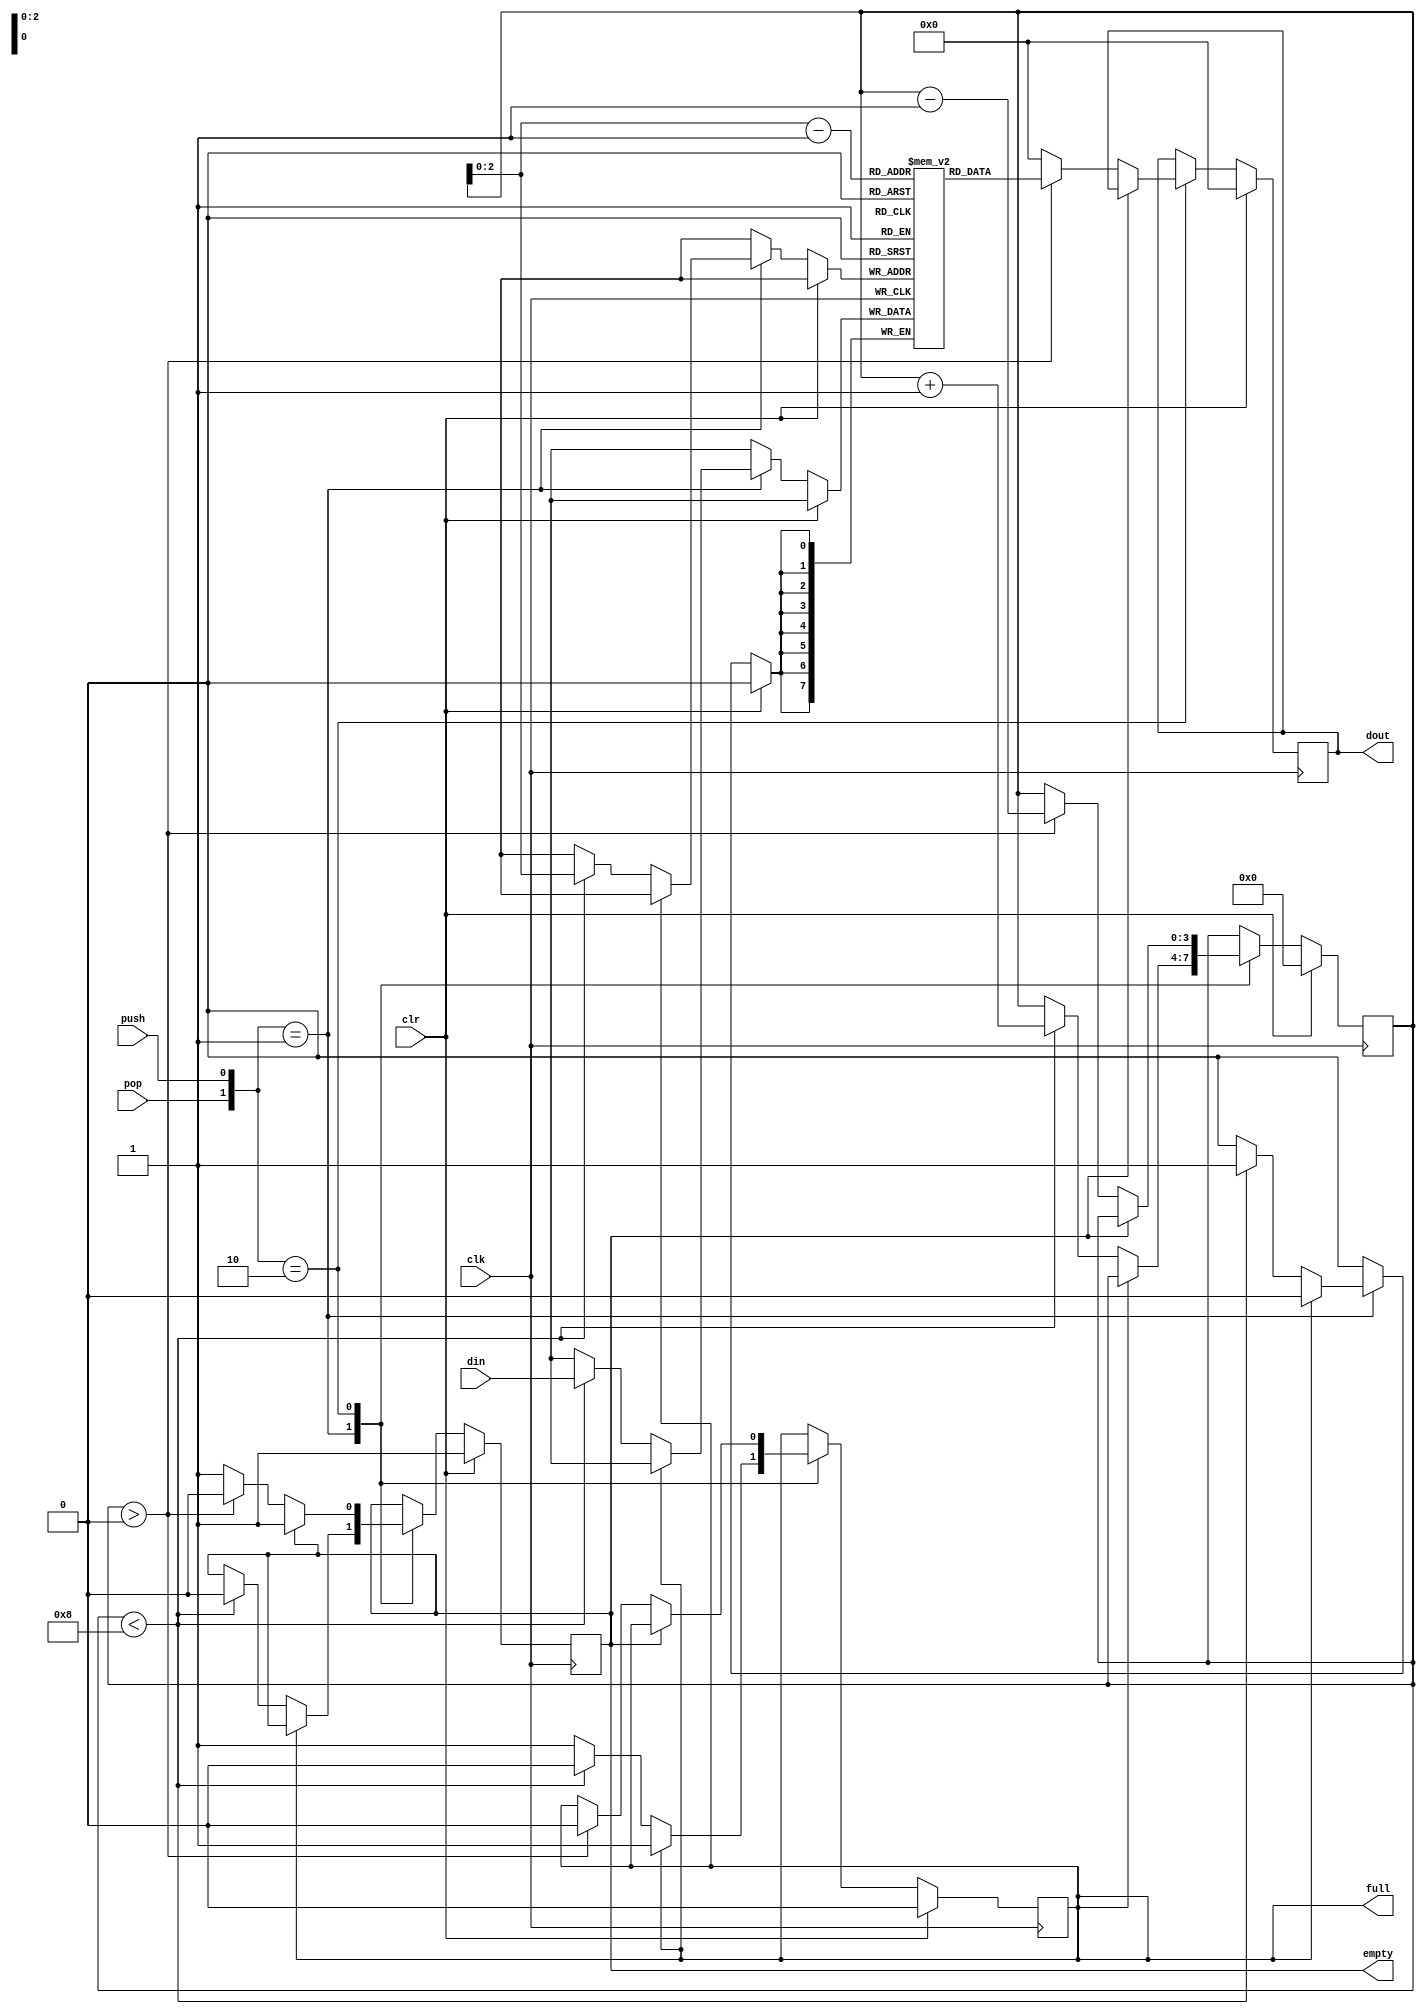
module LIFO(output reg [7:0] dout,
            output reg full,
            output reg empty,
            input clk,
            input clr,
            input [7:0] din,
            input push,
            input pop
            );
    reg [7:0] stack [0:7];
    reg [3:0] addr;

    always @(posedge clk) begin
        if(clr) begin
            dout <= 8'h0;
            addr <= 4'h0;
            full <= 1'b0;
            empty <= 1'b1;
        end
        else begin
            case ({pop, push})
                2'b01:  begin
                        if (! full) begin
                            if(addr < 4'h8) begin
                                stack[addr] <= din;
                                addr <= addr + 1'b1;
                                empty <= 1'b0;
                            end
                            else begin
                                full <= 1'b1;
                            end
                        end
                    end
                2'b10:  begin
                        if(!empty) begin
                            if(addr > 4'h0) begin
                                dout <= stack[addr-1];
                                addr <= addr - 1'h1;
                                full <= 1'b0;
                            end
                            else begin 
                                empty <= 1'b1;
                                dout <= 8'h0;
                            end
                        end
                    end
                default: ;
            endcase
        end
    end
endmodule